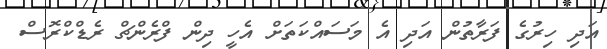
އަދި ހިރުގެ ފަރާތުން އަދި އެ މަސައްކަތަށް އެހީ ދިން ފްރެންޗް ރެޑްކްރޮސް